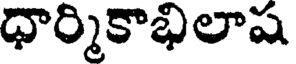
ధార్మికాభిలాష